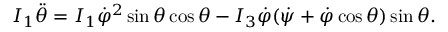
\begin{array} { r } { I _ { 1 } \ddot { \theta } = I _ { 1 } \dot { \varphi } ^ { 2 } \sin \theta \cos \theta - I _ { 3 } \dot { \varphi } ( \dot { \psi } + \dot { \varphi } \cos \theta ) \sin \theta . } \end{array}